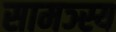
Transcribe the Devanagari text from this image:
सामञ्स्य